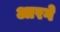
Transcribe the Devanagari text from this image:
आरगे